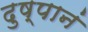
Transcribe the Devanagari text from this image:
दुष्पानं